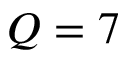
Q = 7